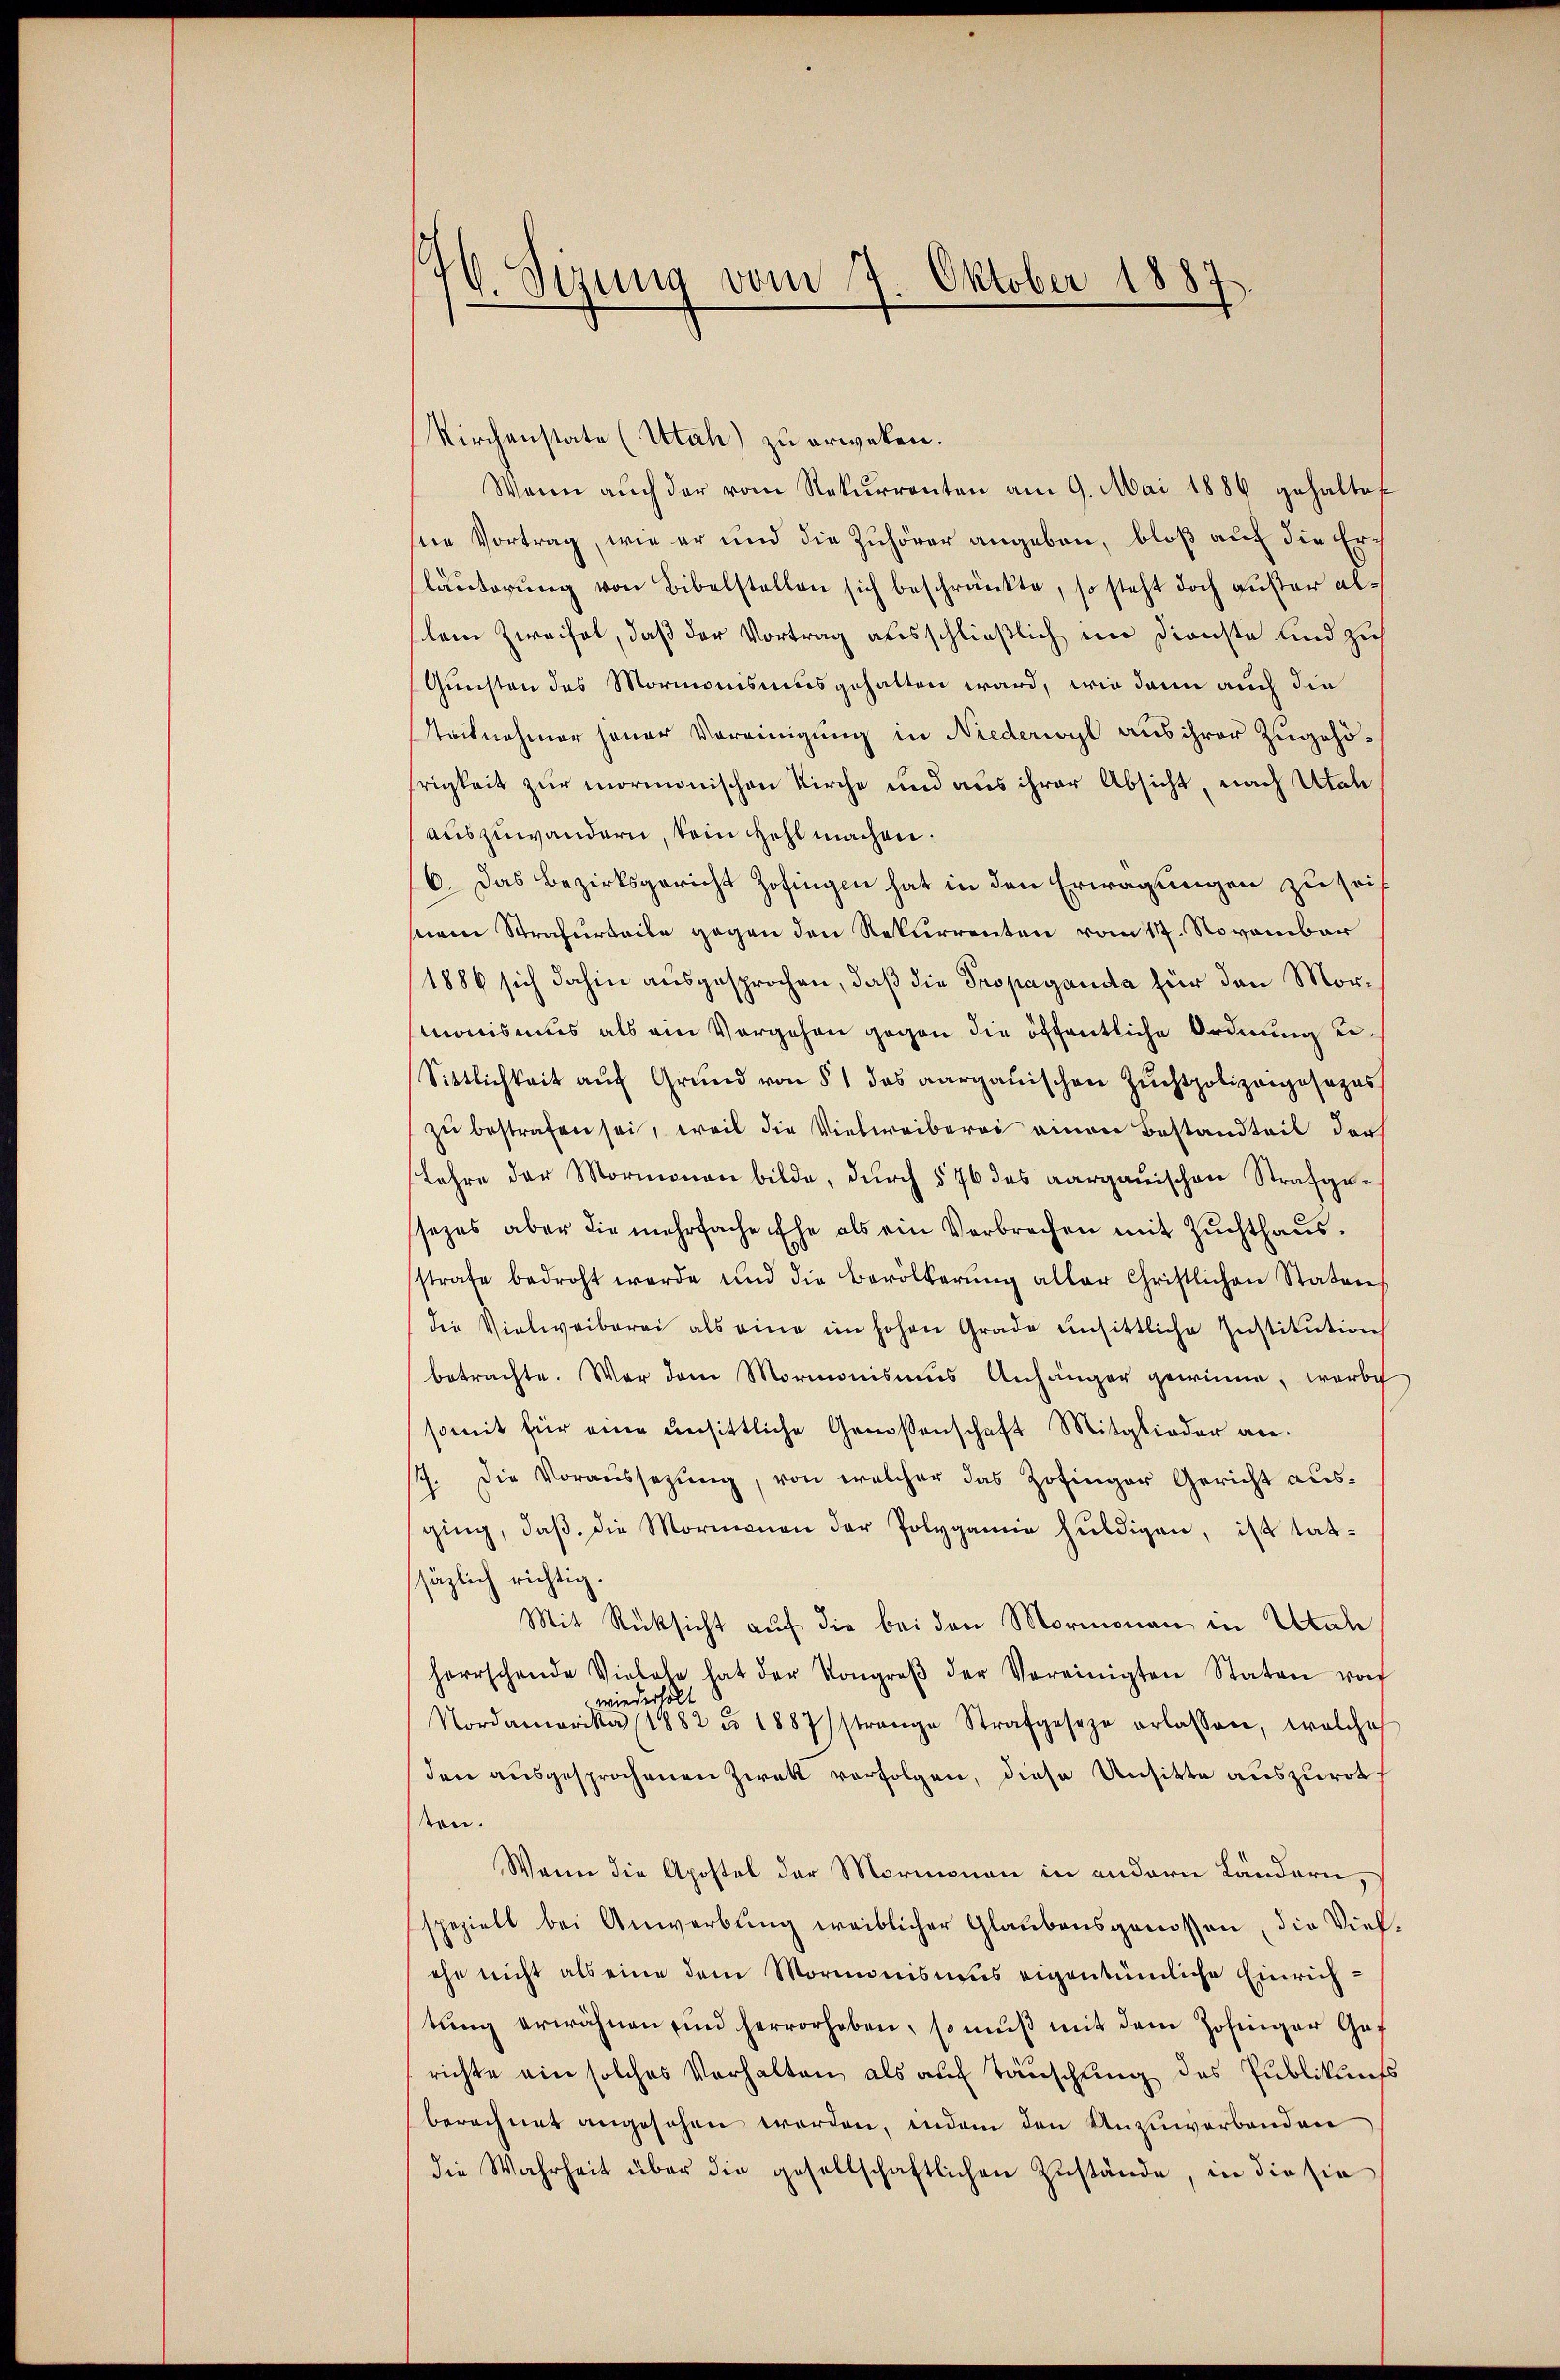
19. Sitzung vom 7. Oktober 1887

Kirchenstate (Utah) zu erweken.
Wann auch der vom Rekurrenten am 9. Mai 1886 gehaltet
seie Vortrag, wie er und die Zuhörer angeben, bloß auf die Erläuterung von Bibelstellen sich beschränkte, so steht doch außer allein Zweifel, daß der Vortrag ausschließlich im Dienste und zu
Gunsten des Mormonismus gehalten ward, wie dann auch die
Stacknehmer jener Vereinigung in Niederwyl aus ihrer Zugehörigkeit zur mormonischen Kirche und aus ihrer Absicht, nach Utah
auszuwandern, kein Hehl machen.
6. Das Bezirksgericht Zofingen hat in den Erwägungen zu seit
seren Strafurteile gegen den Rekurrenten vom 11. November
1886 sich dahin ausgesprochen, daß die Propaganda für den Mormonismus als am Vorgehen gegen die öffentliche Ordnung ei¬
Sittlichkeit auf Grund von § 1 das aargauischen Zuchtpolizangesezes
zu bestrafen sei, weil die Vielweiberei einen Bestandteil der
Lehre der Mormenau bilde, dŭrch § 76 des aargauischen Strafgessezes aber die mehrfache Ehe als ein Verbrechen mit Zuchthaus.
sstrafe bedroht werde und die Bevölkerŭng aller Christlichen Staten
die Vielweiberei als eine im hohen Grade unsittliche Institution
betrachte. War dem Mormonismus Anhänger gewinne, worde
somit für eine unsittliche Genossenschaft Mitglieder an.
sch. Die Voraussetzung, von welcher das Zofinger Gericht ausging, daβ die Mormanen der Polygamie huldigen, ist tat-
säzlich richtig.
Mit Rücksicht auf die bei den Mormonau in Utah
herrschende Vielese hat der Kongroβ der Vereinigten Staten von
wiederholt
Nordamerika (1882 u. 1887 strange Strafgeseze erlassen, welches
den ausgesprochenen Zwek verfolgen, diese Unsitte auszurat
ten.
Wann die Apostel der Mormonau in andern Ländern,
speziell bei Anwerbŭng weiblicher Glaŭbensgenossen, die Vieh-
ehe nicht als eine dem Mormonismus eigentümliche Einrichtŭng erwähnen und hervorhoben, so mŭβ mit dem Zofinger Gef
richte ein solches Verhalten als auf Täuschung des Publikunts
berechnet angesehen werden, indem den Unzuwerbenden
die Wahrheit über die gesellschaftlichen Zustände, in die sie